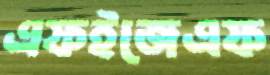
এফইজেএফ